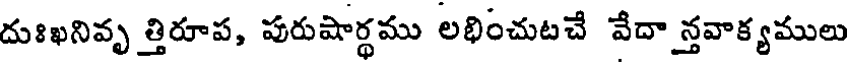
దుఃఖనివృ త్తిరూప, పురుషార్థము లభించుటచే వేదా న్తవాక్యములు